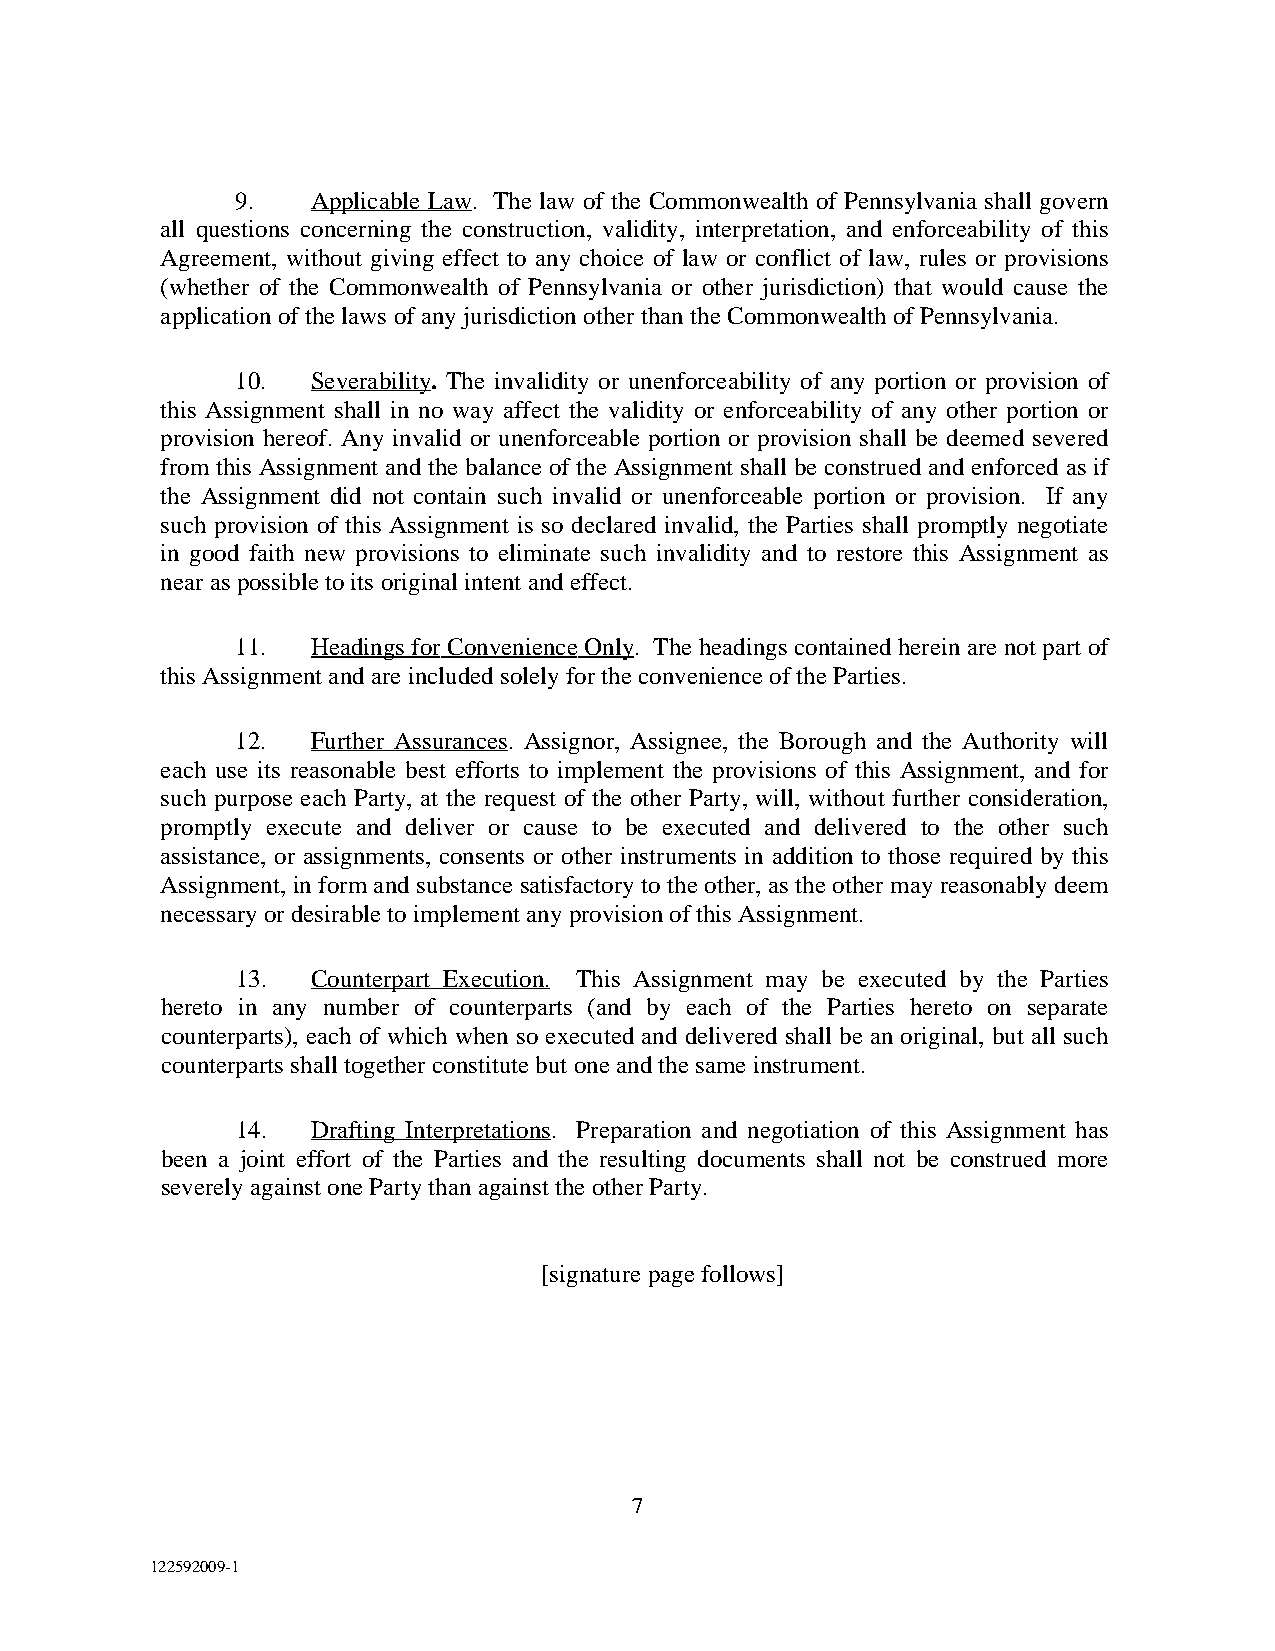
9.   Applicable Law. The law of the Commonwealth of Pennsylvania shall govern
 all questions concerning the construction, validity, interpretation, and enforceability of this
 Agreement, without giving effect to any choice of law or conflict of law, rules or provisions
 (whether of the Commonwealth of Pennsylvania or other jurisdiction) that would cause the
 application of the laws of any jurisdiction other than the Commonwealth of Pennsylvania.
 10.  Severability. The invalidity or unenforceability of any portion or provision of
 this Assignment shall in no way affect the validity or enforceability of any other portion or
 provision hereof. Any invalid or unenforceable portion or provision shall be deemed severed
 from this Assignment and the balance of the Assignment shall be construed and enforced as if
 the Assignment did not contain such invalid or unenforceable portion or provision. If any
 such provision of this Assignment is so declared invalid, the Parties shall promptly negotiate
 in good faith new provisions to eliminate such invalidity and to restore this Assignment as
 near as possible to its original intent and effect.
 11.  Headings for Convenience Only. The headings contained herein are not part of
 this Assignment and are included solely for the convenience of the Parties.
 12.  Further Assurances. Assignor, Assignee, the Borough and the Authority will
 each use its reasonable best efforts to implement the provisions of this Assignment, and for
 such purpose each Party, at the request of the other Party, will, without further consideration,
 promptly execute and deliver or cause to be executed and delivered to the other such
 assistance, or assignments, consents or other instruments in addition to those required by this
 Assignment, in form and substance satisfactory to the other, as the other may reasonably deem
 necessary or desirable to implement any provision of this Assignment.
 13.  Counterpart Execution. This Assignment may be executed by the Parties
 hereto in any number of counterparts (and by each of the Parties hereto on separate
 counterparts), each of which when so executed and delivered shall be an original, but all such
 counterparts shall together constitute but one and the same instrument.
 14.  Drafting Interpretations. Preparation and negotiation of this Assignment has
 been a joint effort of the Parties and the resulting documents shall not be construed more
 severely against one Party than against the other Party.
 [signature page follows]
 7
 122592009-1